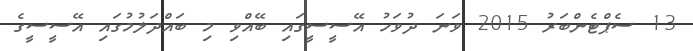
13 ސެޕްޓެންބަރު 2015 ވަނަ ދުވަހު އޭސީސީގައި ބޭއްވި މި ބައްދަލުމުގައި އޭސީސީގެ